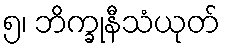
၅၊ ဘိက္ခုနီသံယုတ်